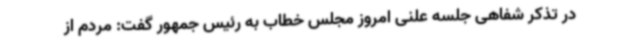
در تذکر شفاهی جلسه علنی امروز مجلس خطاب به رئیس جمهور گفت: مردم از